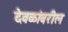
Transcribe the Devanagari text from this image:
देवळांवरील